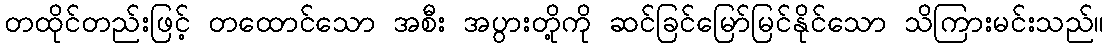
တထိုင်တည်းဖြင့် တထောင်သော အစီး အပွားတို့ကို ဆင်ခြင်မြော်မြင်နိုင်သော သိကြားမင်းသည်။